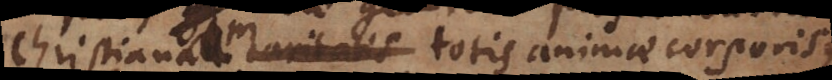
Christianam totis animae corporisque